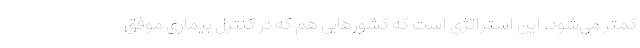
کمتر می‌شود. این استراتژی است که کشورهایی هم که در کنترل بیماری موفق